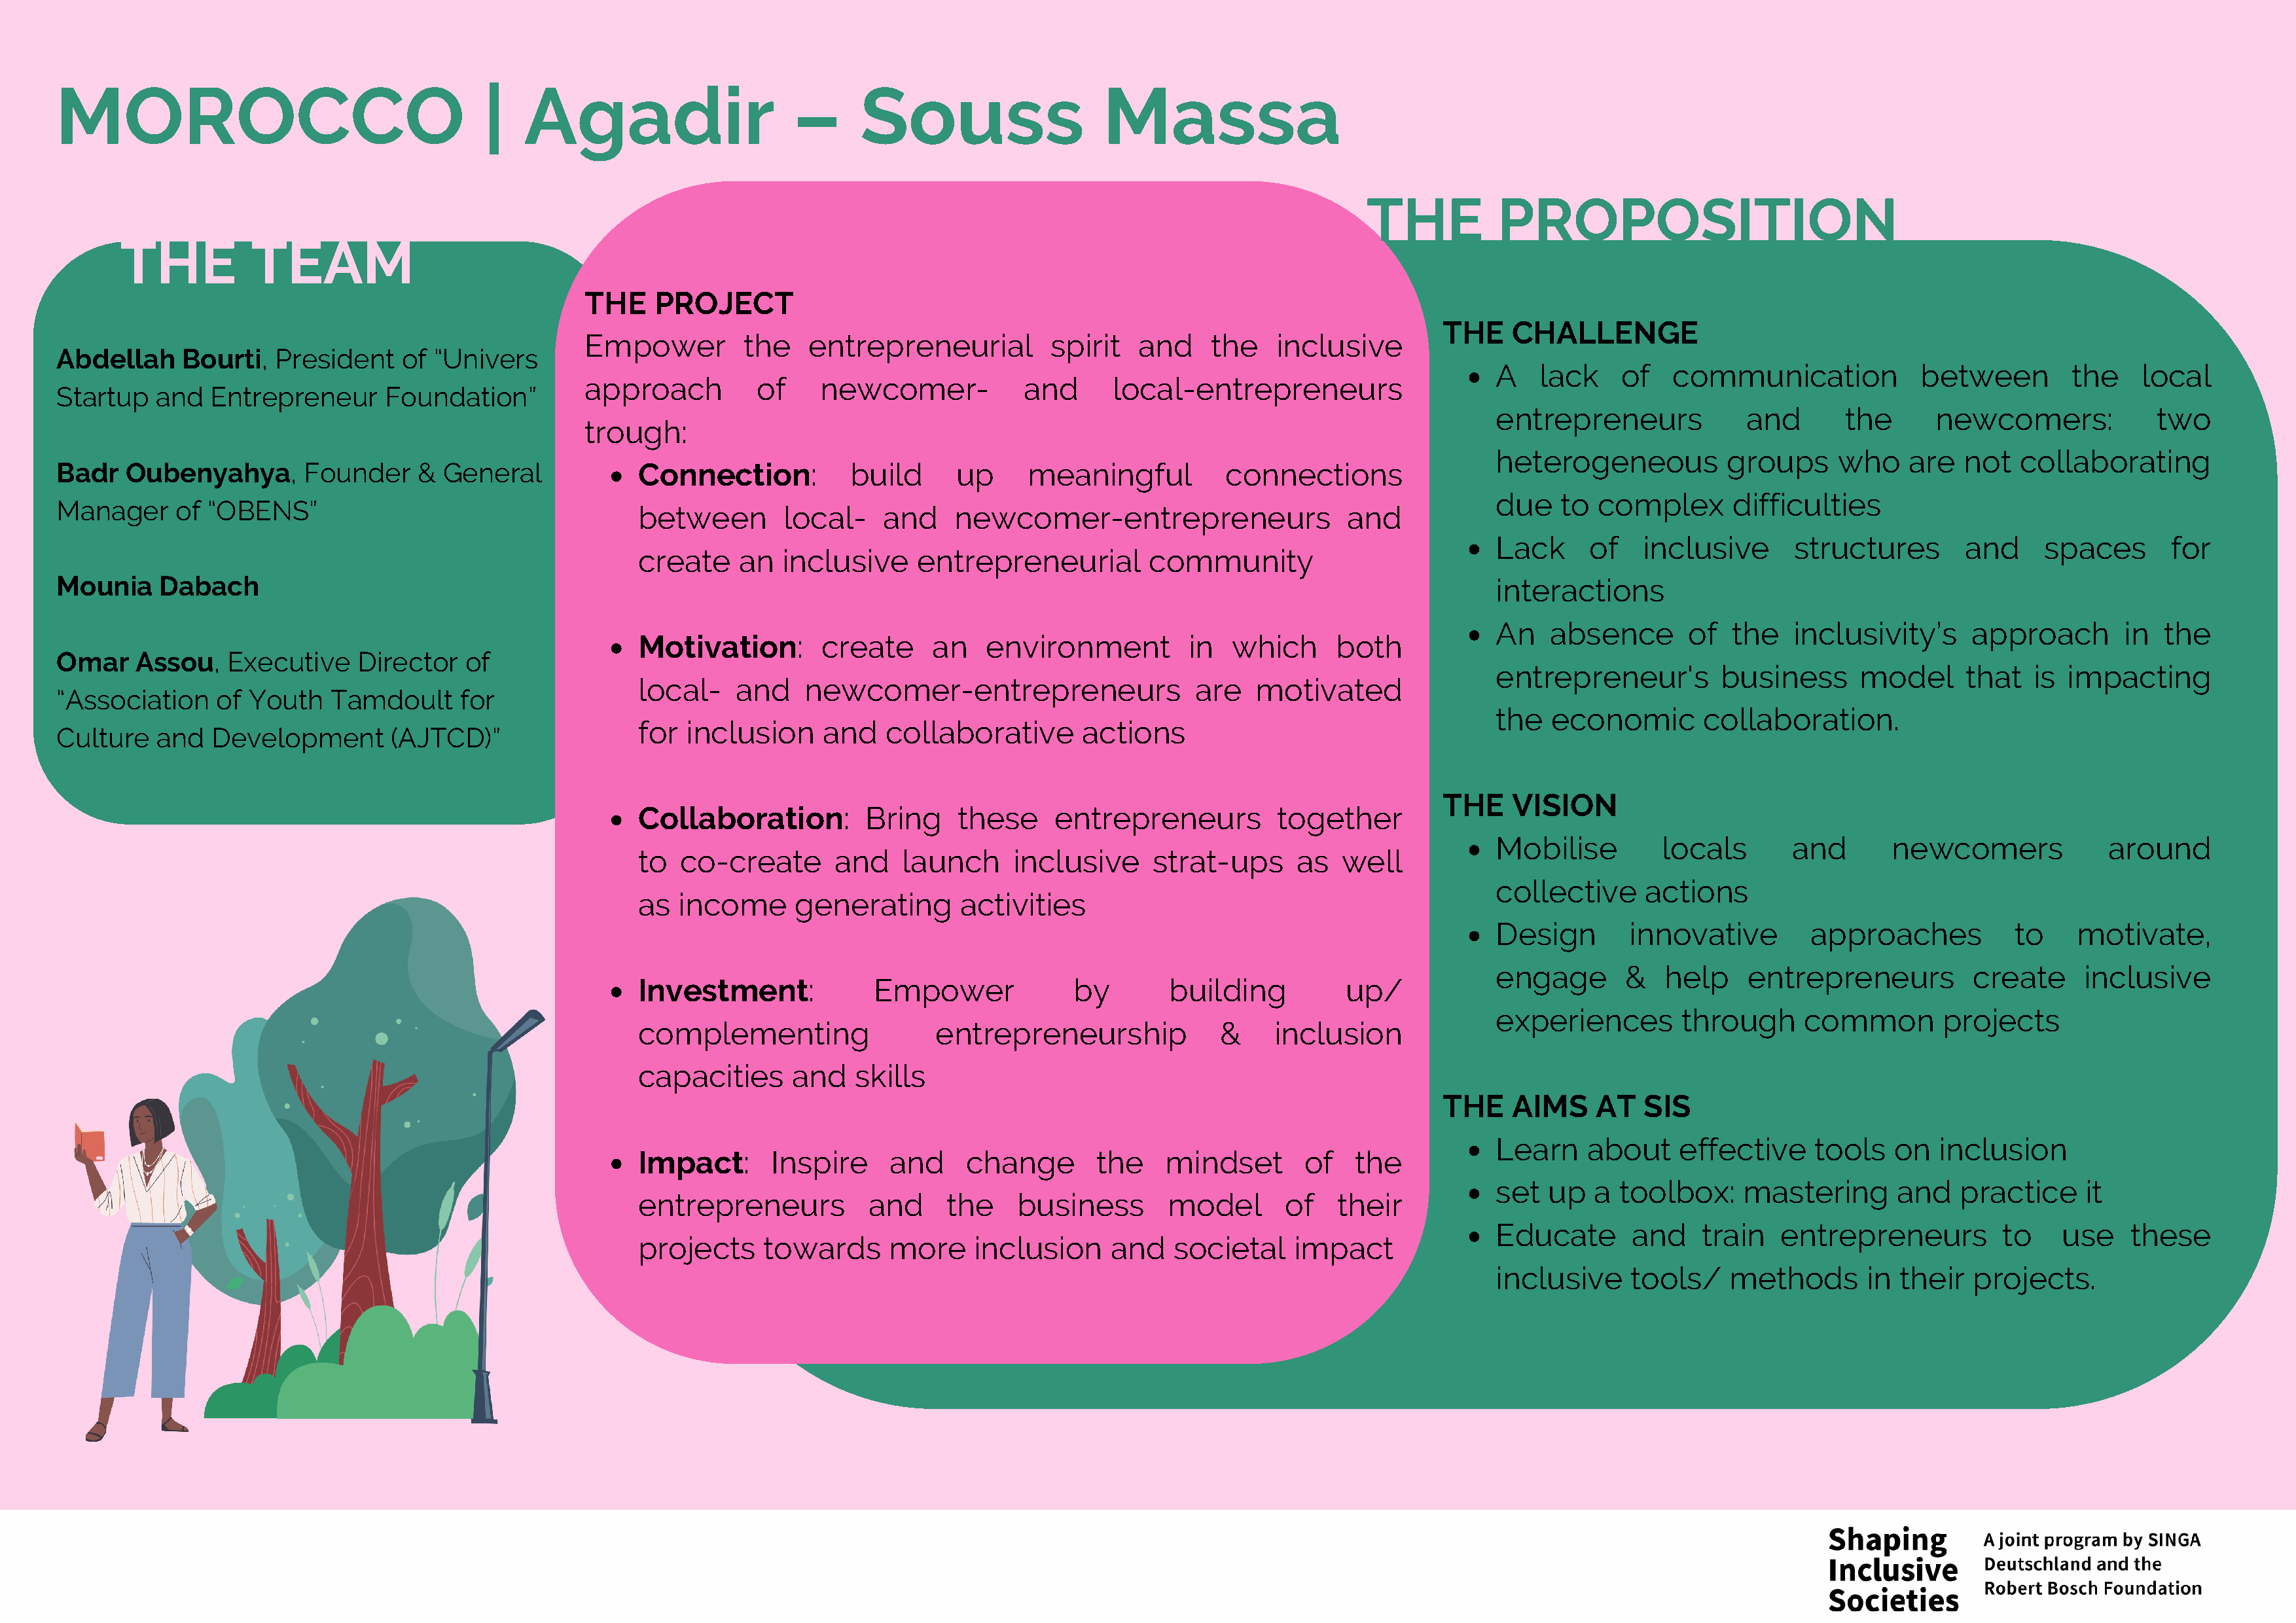
MOROCCO                                    |   Agadir                     –      Souss                    Massa
 THE          PROPOSITION
 THE          TEAM
 THE    PROJECT
 THE    CHALLENGE
 Empower         the    entrepreneurial         spirit   and    the    inclusive
 Abdellah    Bourti,   President    of “Univers
 A    lack    of   communication            between         the    local
 approach          of    newcomer-            and      local-entrepreneurs
 Startup   and  Entrepreneur      Foundation”
 entrepreneurs             and       the      newcomers:            two
 trough:
 heterogeneous           groups     who    are   not  collaborating
 Badr   Oubenyahya,       Founder    &  General             Connection:          build      up     meaningful          connections
 due    to  complex      difficulties
 Manager     of “OBENS”
 between       local-    and     newcomer-entrepreneurs                 and
 Lack      of   inclusive      structures        and     spaces       for
 create    an  inclusive     entrepreneurial        community
 Mounia    Dabach                                                                                                                                 interactions
 An    absence       of  the   inclusivity’s     approach        in  the
 Motivation:       create     an    environment         in   which     both
 Omar    Assou,   Executive    Director   of
 entrepreneur's         business      model      that   is impacting
 local-   and    newcomer-entrepreneurs                  are   motivated
 “Association    of Youth   Tamdoult      for
 the   economic       collaboration.
 for inclusion     and    collaborative      actions
 Culture   and  Development        (AJTCD)”
 THE    VISION
 Collaboration:         Bring    these     entrepreneurs         together
 Mobilise         locals       and       newcomers             around
 to  co-create      and    launch     inclusive      strat-ups     as   well
 collective     actions
 as  income     generating       activities
 Design        innovative        approaches           to    motivate,
 engage       &   help     entrepreneurs          create     inclusive
 Investment:            Empower              by       building          up/
 experiences        through     common        projects
 complementing                 entrepreneurship            &     inclusion
 capacities     and   skills
 THE    AIMS    AT   SIS
 Learn     about    effective     tools   on  inclusion
 Impact:      Inspire     and     change       the    mindset       of   the
 set   up  a  toolbox:    mastering       and   practice     it
 entrepreneurs          and     the    business       model       of   their
 Educate       and    train   entrepreneurs          to    use   these
 projects    towards      more     inclusion    and    societal    impact
 inclusive     tools/    methods       in their   projects.